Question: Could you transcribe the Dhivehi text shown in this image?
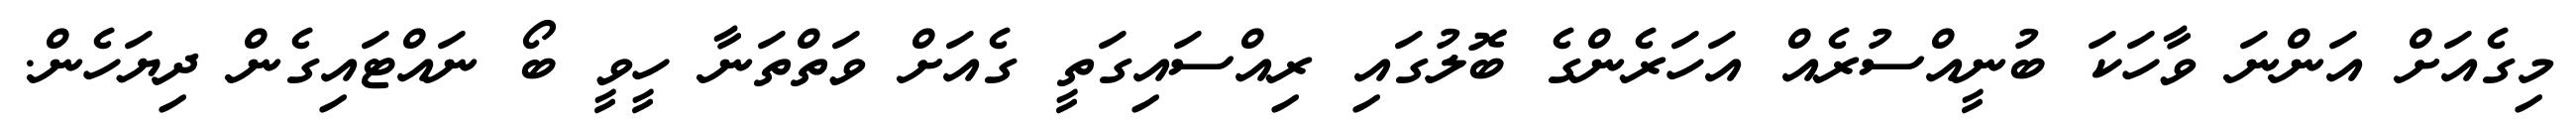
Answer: މިގެއަށް އަންނަ ވާހަކަ ބުނީއްސުރެއް އަހަރެންގެ ބޮލުގައި ރިއްސައިގަތީ ގެއަށް ވަތްތަނާ ހީވީ ބޯ ނައްޓައިގެން ދިޔަހެން.